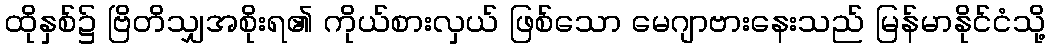
ထိုနှစ်၌ ဗြိတိသျှအစိုးရ၏ ကိုယ်စားလှယ် ဖြစ်သော မေဂျာဗားနေးသည် မြန်မာနိုင်ငံသို့